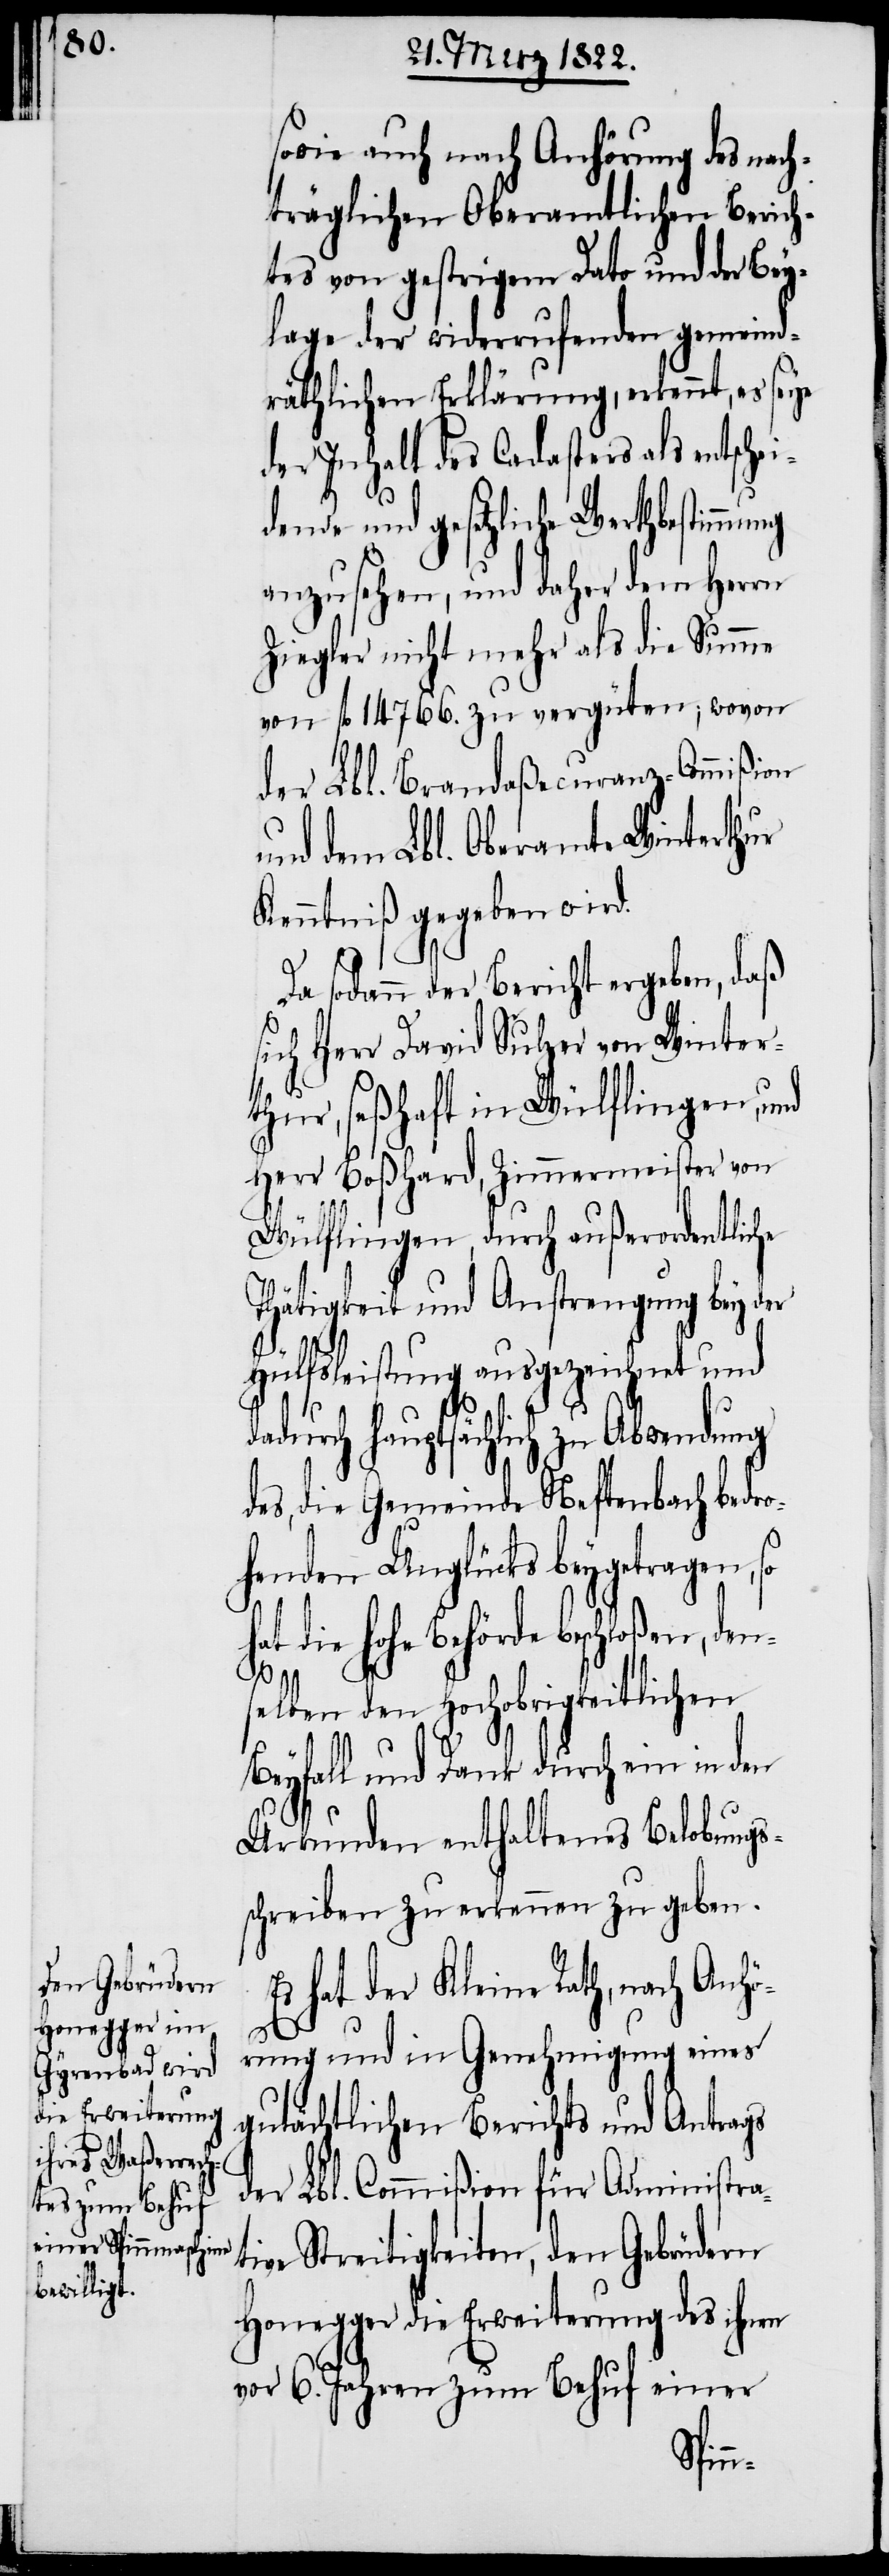
sowie auch nach Anhörung des nach¬
träglichen Oberamtlichen Berich¬
tes von gestrigem Dato und der Bey¬
lage der widerrufenden gemeind¬
räthlichen Erklärung, erkennt, es seye
der Inhalt des Cadasters als entschei¬
dende und gesetzliche Werthbestimmung
anzusehen, und daher dem Herrn
Ziegler nicht mehr als die Summe
von fl. 14766. zu vergüten, wovon
der Lbl. Brandaßecuranz-Commißion
und dem Lbl. Oberamte Winterthur
Kenntniß gegeben wird.
Da sodann der Bericht ergeben, daß
sich Herr David Sulzer von Winter¬
thur, seßhaft in Wülflingen, und
Herr Boßhard, Zimmermeister von
Wülflingen, durch außerordentliche
Thätigkeit und Anstrengung bey der
Hülfsleistung ausgezeichnet und
durch hauptsächlich zu Abwendung
das, die Gemeinde Neftenbach bedro¬
henden Unglücks beygetragen,
hat die hohe Behörde beschloßen, den¬
da¬
selben den hochobrigkeitlichen
Beyfall und Dank durch ein in den
Urkunden enthaltenes Belobungs¬
schreiben zu erkennen zu geben.
Es hat der Kleine Rath, nach Anhö¬
rung und in Genehmigung eines
gutächtlichen Berichts und Antrags
der Lbl. Commißion für Administra¬
tive Streitigkeiten, den Gebrüdern
Honegger die Erweiterung des ihnen
vor 6. Jahren zum Behuf einer